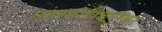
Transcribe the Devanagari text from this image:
आरमाराबरोबर